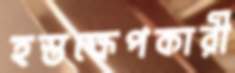
হস্তক্ষেপকারী